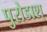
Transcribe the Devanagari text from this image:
पुरोडाश्